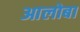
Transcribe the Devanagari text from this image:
आलोबा